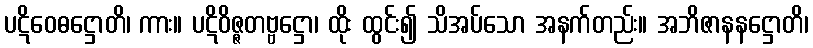
ပဋိဝေဓဋ္ဌောတိ၊ ကား။ ပဋိဝိဇ္ဇတဗ္ဗဋ္ဌော၊ ထိုး ထွင်း၍ သိအပ်သော အနက်တည်း။ အဘိဇာနနဋ္ဌောတိ၊